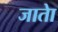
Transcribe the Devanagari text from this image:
जाताे